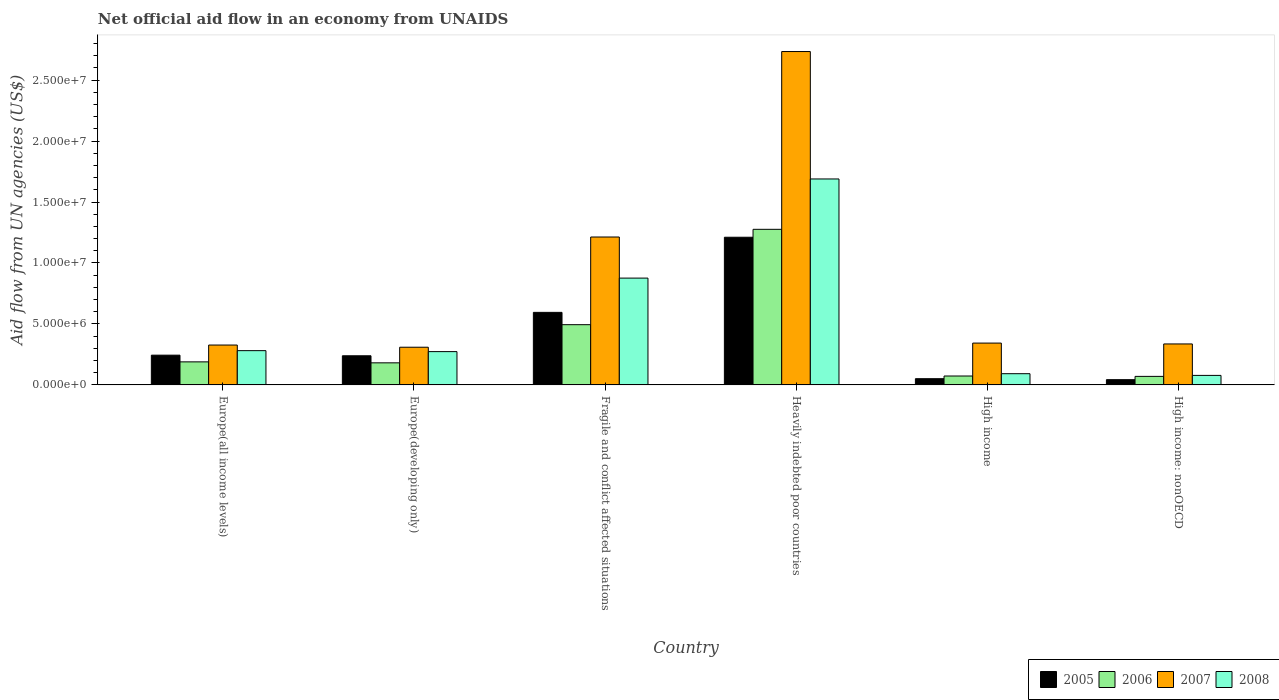
| Country | 2005 | 2006 | 2007 | 2008 |
 | --- | --- | --- | --- | --- |
 | Europe(all income levels) | 2.44e+06 | 1.89e+06 | 3.27e+06 | 2.81e+06 |
 | Europe(developing only) | 2.39e+06 | 1.81e+06 | 3.09e+06 | 2.73e+06 |
 | Fragile and conflict affected situations | 5.95e+06 | 4.94e+06 | 1.21e+07 | 8.76e+06 |
 | Heavily indebted poor countries | 1.21e+07 | 1.28e+07 | 2.73e+07 | 1.69e+07 |
 | High income | 5.1e+05 | 7.3e+05 | 3.43e+06 | 9.2e+05 |
 | High income: nonOECD | 4.3e+05 | 7e+05 | 3.36e+06 | 7.8e+05 |